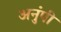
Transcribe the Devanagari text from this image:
अनुंपी